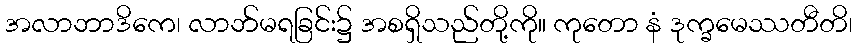
အလာဘာဒိကေ၊ လာဘ်မရခြင်း၌ အစရှိသည်တို့ကို။ ကုတော နံ ဒုက္ခမေဿတီတိ၊